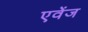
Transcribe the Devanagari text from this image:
एवेंज